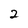
Character: 2